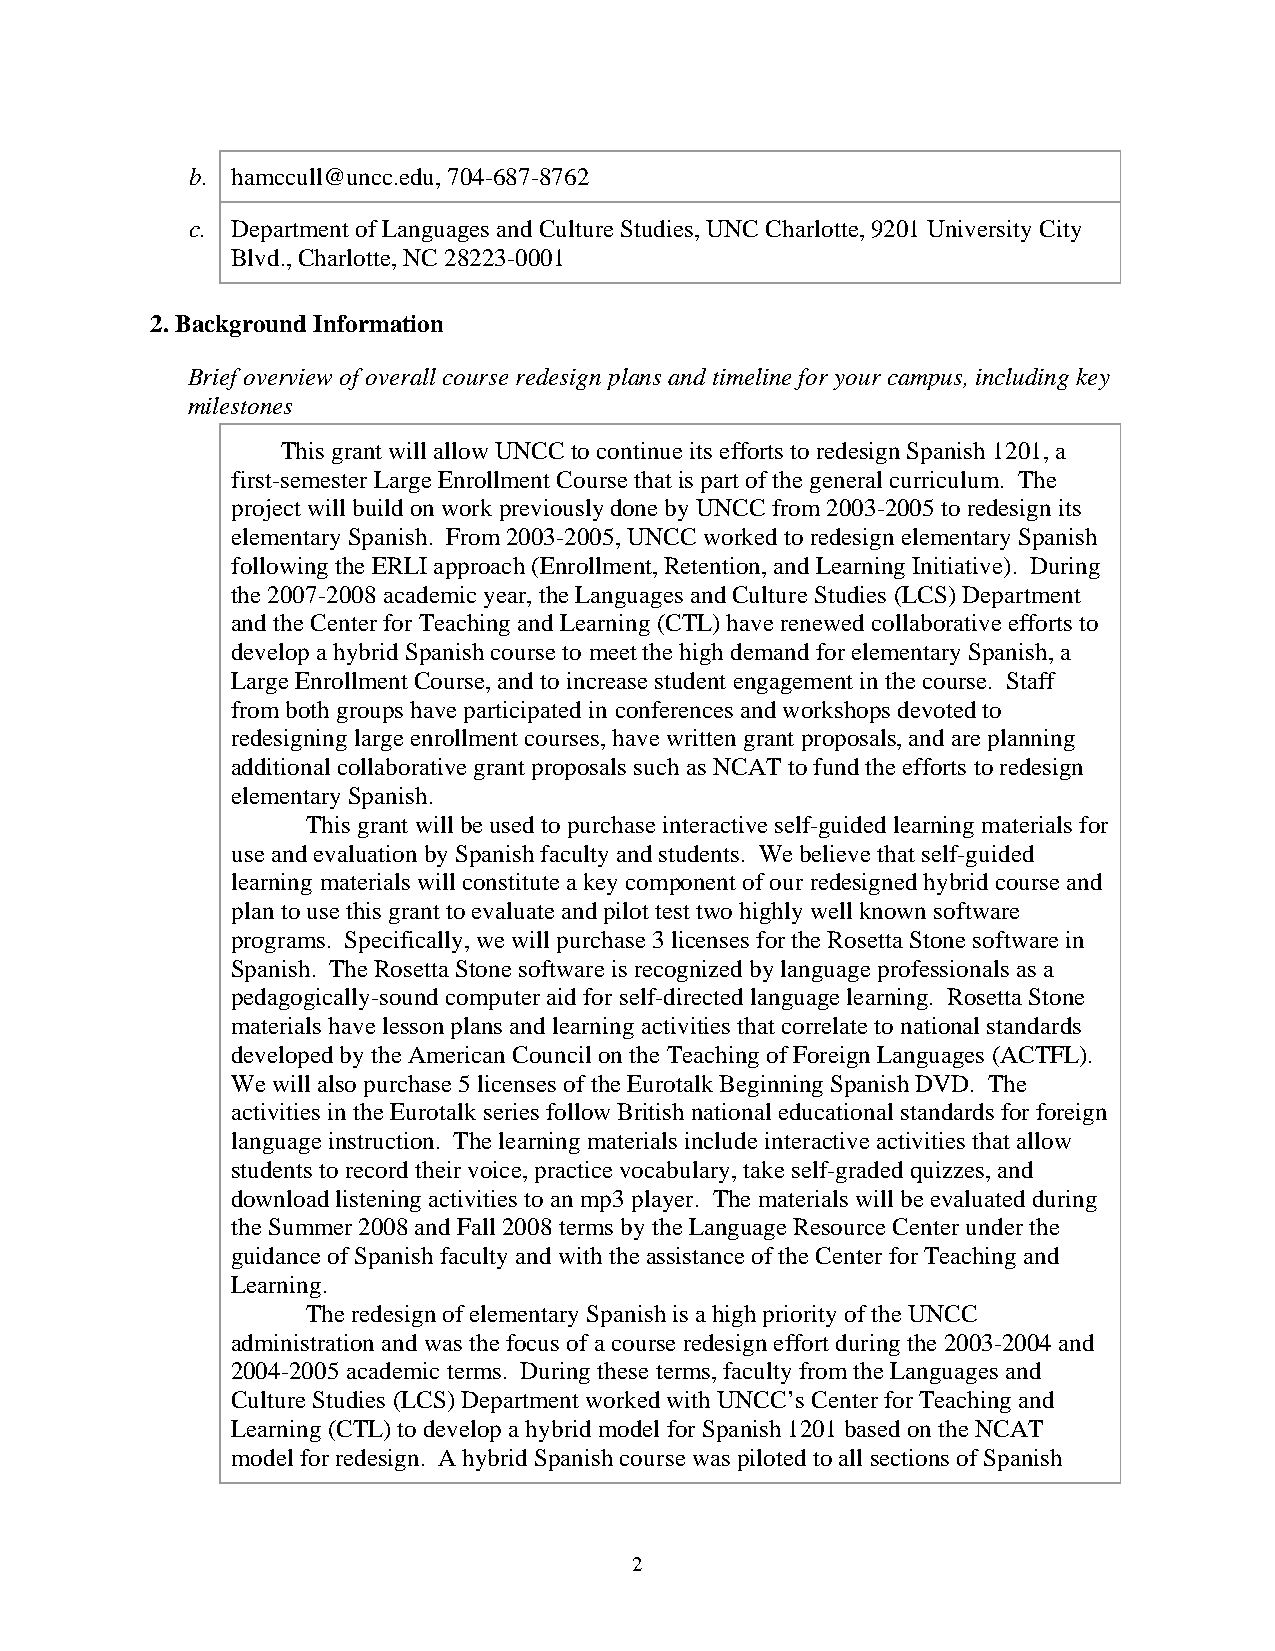
b. hamccull@uncc.edu, 704-687-8762
 c. Department of Languages and Culture Studies, UNC Charlotte, 9201 University City
 Blvd., Charlotte, NC 28223-0001
 2. Background Information
 Brief overview of overall course redesign plans and timeline for your campus, including key
 milestones
 This grant will allow UNCC to continue its efforts to redesign Spanish 1201, a
 first-semester Large Enrollment Course that is part of the general curriculum. The
 project will build on work previously done by UNCC from 2003-2005 to redesign its
 elementary Spanish. From 2003-2005, UNCC worked to redesign elementary Spanish
 following the ERLI approach (Enrollment, Retention, and Learning Initiative). During
 the 2007-2008 academic year, the Languages and Culture Studies (LCS) Department
 and the Center for Teaching and Learning (CTL) have renewed collaborative efforts to
 develop a hybrid Spanish course to meet the high demand for elementary Spanish, a
 Large Enrollment Course, and to increase student engagement in the course. Staff
 from both groups have participated in conferences and workshops devoted to
 redesigning large enrollment courses, have written grant proposals, and are planning
 additional collaborative grant proposals such as NCAT to fund the efforts to redesign
 elementary Spanish.
 This grant will be used to purchase interactive self-guided learning materials for
 use and evaluation by Spanish faculty and students. We believe that self-guided
 learning materials will constitute a key component of our redesigned hybrid course and
 plan to use this grant to evaluate and pilot test two highly well known software
 programs. Specifically, we will purchase 3 licenses for the Rosetta Stone software in
 Spanish. The Rosetta Stone software is recognized by language professionals as a
 pedagogically-sound computer aid for self-directed language learning. Rosetta Stone
 materials have lesson plans and learning activities that correlate to national standards
 developed by the American Council on the Teaching of Foreign Languages (ACTFL).
 We will also purchase 5 licenses of the Eurotalk Beginning Spanish DVD. The
 activities in the Eurotalk series follow British national educational standards for foreign
 language instruction. The learning materials include interactive activities that allow
 students to record their voice, practice vocabulary, take self-graded quizzes, and
 download listening activities to an mp3 player. The materials will be evaluated during
 the Summer 2008 and Fall 2008 terms by the Language Resource Center under the
 guidance of Spanish faculty and with the assistance of the Center for Teaching and
 Learning.
 The redesign of elementary Spanish is a high priority of the UNCC
 administration and was the focus of a course redesign effort during the 2003-2004 and
 2004-2005 academic terms. During these terms, faculty from the Languages and
 Culture Studies (LCS) Department worked with UNCC’s Center for Teaching and
 Learning (CTL) to develop a hybrid model for Spanish 1201 based on the NCAT
 model for redesign. A hybrid Spanish course was piloted to all sections of Spanish
 2